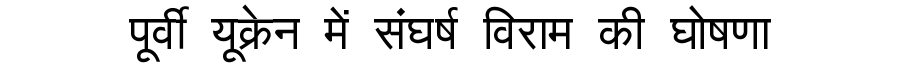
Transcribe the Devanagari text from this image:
पूर्वी यूक्रेन में संघर्ष विराम की घोषणा